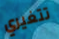
تتغيري